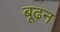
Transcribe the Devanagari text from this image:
बूढ़न